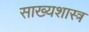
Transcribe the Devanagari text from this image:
साख्यशास्त्र